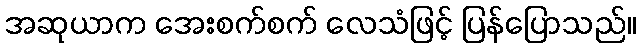
အဆုယာက အေးစက်စက် လေသံဖြင့် ပြန်ပြောသည်။